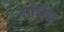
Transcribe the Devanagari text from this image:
साधेच